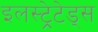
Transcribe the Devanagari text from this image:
इलस्ट्रेटेड्स